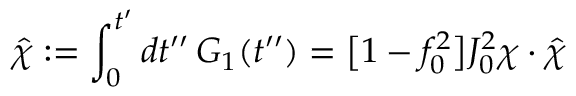
\hat { \chi } : = \int _ { 0 } ^ { t ^ { \prime } } d t ^ { \prime \prime } \, G _ { 1 } ( t ^ { \prime \prime } ) = \big [ 1 - f _ { 0 } ^ { 2 } \big ] J _ { 0 } ^ { 2 } \chi \cdot \hat { \chi }